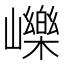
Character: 𡾒